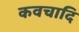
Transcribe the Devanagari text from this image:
कवचादि